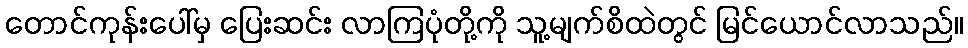
တောင်ကုန်းပေါ်မှ ပြေးဆင်း လာကြပုံတို့ကို သူ့မျက်စိထဲတွင် မြင်ယောင်လာသည်။